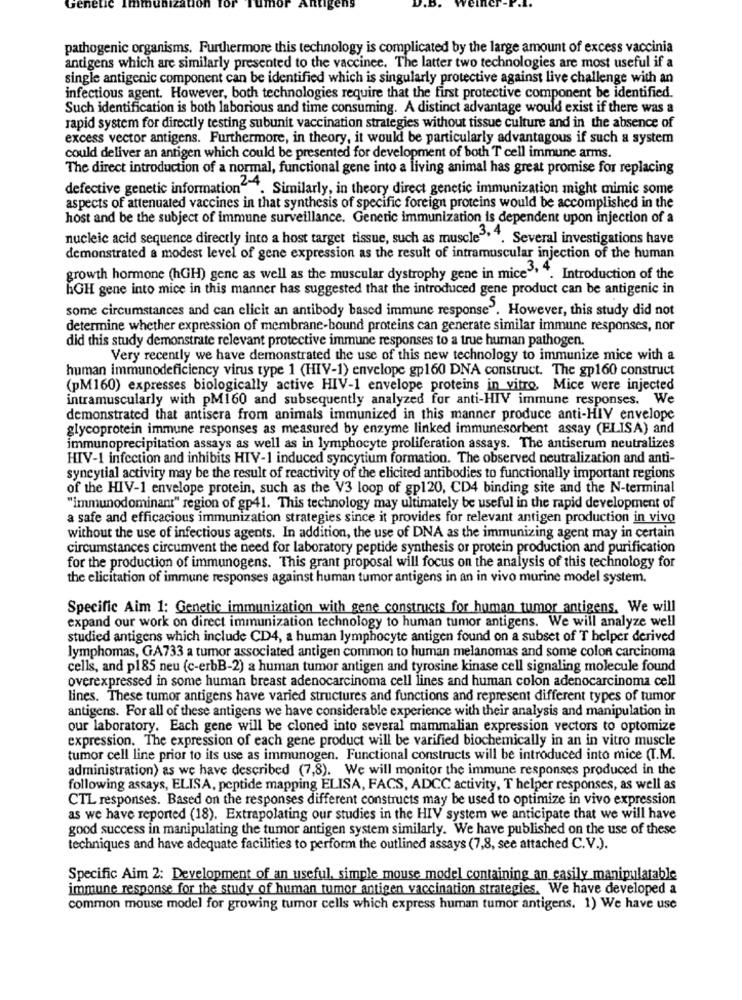
Genel
pathogenic organisms. Furthermore this technology is complicated by the large amount of excess vaccinia
antigens which are similarly presented to the vaccinee. The latter two technologies are most useful if a
single antigenic component can be identified which is singularly protective against live challenge with an
infectious agent. However, both technologies require that the first protective component be identified.
Such identification is both laborious and time consuming. A distinct advantage would exist if there was a
rapid system for directly testing subunit vaccination strategies without tissue culture and in the absence of
excess vector antigens. Furthermore, in theory, it would be particularly advantagous if such a system
could deliver an antigen which could be presented for development of both T cell immune arms.
The direct introduction of a normal, functional gene into a living animal has great promise for replacing
defective genetic information"". Similarly, in theory direct genetic immunization might mimic some
aspects of attenuated vaccines in that synthesis of specific foreign proteins would be accomplished in the
host and be the subject of immune surveillance. Genetic immunization is dependent upon injection of a
nucleic acid sequence directly into a host target tissue, such as muscle"". Several investigations have
demonstrated a modest level of gene expression as the result of intramuscular injection of the human
growth hormone (hGH) gene as well as the muscular dystrophy gene in mice" ". Introduction of the
hGH gene into mice in this manner has suggested that the introduced gene product can be antigenic in
some circumstances and can elicit an antibody based immune response". However, this study did not
determine whether expression of membrane-bound proteins can generate similar immune responses, nor
did this study demonstrate relevant protective immune responses to a true human pathogen.
Very recently we have demonstrated the use of this new technology to immunize mice with a
human immunodeficiency virus type 1 (HIV-1) envelope gp160 DNA construct. The gp160 construct
(pM160) expresses biologically active HIV-1 envelope proteins in vitro, Mice were injected
intramuscularly with pM160 and subsequently analyzed for anti-HIV immune responses. We
demonstrated that antisera from animals immunized in this manner produce anti-HIV envelope
glycoprotein immune responses as measured by enzyme linked immunesorbent assay (ELISA) and
immunoprecipitation assays as well as in lymphocyte proliferation assays. The antiserum neutralizes
HIV-1 infection and inhibits HIV-1 induced syncytium formation. The observed neutralization and anti-
syncytial activity may be the result of reactivity of the elicited antibodies to functionally important regions
of the HIV-1 envelope protein, such as the V3 loop of gp120, CD4 binding site and the N-terminal
"immunodominant" region of gp41. This technology may ultimately be useful in the rapid development of
a safe and efficacious immunization strategies since it provides for relevant antigen production in vivo
without the use of infectious agents. In addition, the use of DNA as the immunizing agent may in certain
circumstances circumvent the need for laboratory peptide synthesis or protein production and purification
for the production of immunogens. This grant proposal will focus on the analysis of this technology for
the elicitation of immune responses against human tumor antigens in an in vivo murine model system.
Specific Aim 1: Genetic immunization with gene constructs for human tumor antigens. We will
expand our work on direct immunization technology to human tumor antigens. We will analyze well
studied antigens which include CD4, a human lymphocyte antigen found on a subset of T helper derived
lymphomas, GA733 a tumor associated antigen common to human melanomas and some colon carcinoma
cells, and p185 neu (c-erbB-2) a human tumor antigen and tyrosine kinase cell signaling molecule found
overexpressed in some human breast adenocarcinoma cell lines and human colon adenocarcinoma cell
lines. These tumor antigens have varied structures and functions and represent different types of tumor
antigens. For all of these antigens we have considerable experience with their analysis and manipulation in
our laboratory. Each gene will be cloned into several mammalian expression vectors to optomize
expression. The expression of each gene product will be varified biochemically in an in vitro muscle
tumor cell line prior to its use as immunogen. Functional constructs will be introduced into mice (I.M.
administration) as we have described (7,8). We will monitor the immune responses produced in the
following assays, ELISA, peptide mapping ELISA, FACS, ADCC activity, T helper responses, as well as
CTL responses. Based on the responses different constructs may be used to optimize in vivo expression
as we have reported (18). Extrapolating our studies in the HIV system we anticipate that we will have
good success in manipulating the tumor antigen system similarly. We have published on the use of these
techniques and have adequate facilities to perform the outlined assays (7,8, see attached C.V.).
Specific Aim 2: Development of an useful, simple mouse model containing an easily manipulatable
immune response for the study of human tumor antigen vaccination strategies. We have developed a
common mouse model for growing tumor cells which express human tumor antigens. 1) We have use